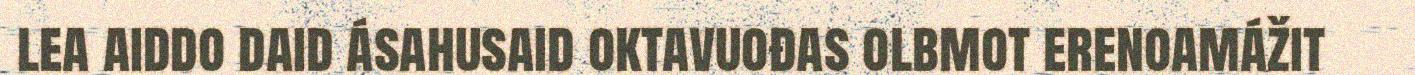
lea aiddo daid ásahusaid oktavuođas olbmot erenoamážit